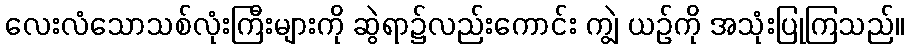
လေးလံသောသစ်လုံးကြီးများကို ဆွဲရာ၌လည်းကောင်း ကျွဲ ယဉ်ကို အသုံးပြုကြသည်။